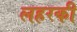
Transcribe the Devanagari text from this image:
लहरकी